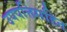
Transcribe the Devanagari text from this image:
उपपत्तिसहित